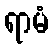
ရာမံ